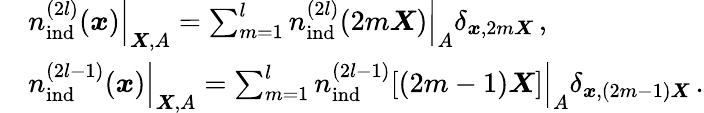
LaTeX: \begin{array}{rl}&{\left.{n}_{\mathrm{ind}}^{(2l)}(\boldsymbol{x})\right|_{\boldsymbol{X},A}=\sum_{m=1}^{l}\left.{n}_{\mathrm{ind}}^{(2l)}(2m\boldsymbol{X})\right|_{A}\delta_{\boldsymbol{x},2m\boldsymbol{X}}\, ,}\\ &{\left.{n}_{\mathrm{ind}}^{(2l-1)}(\boldsymbol{x})\right|_{\boldsymbol{X},A}=\sum_{m=1}^{l}\left.{n}_{\mathrm{ind}}^{(2l-1)}[(2m-1)\boldsymbol{X}]\right|_{A}\delta_{\boldsymbol{x},(2m-1)\boldsymbol{X}}\, .}\end{array}